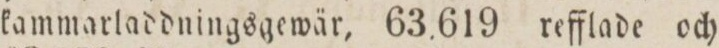
kammarladdningsgewär, 63,619 refflade och